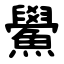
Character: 鱟